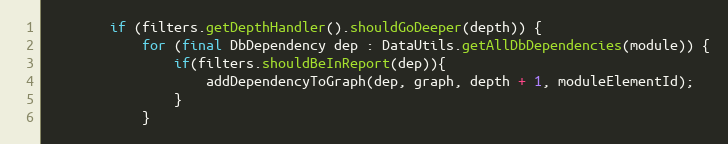
Language: Java
        if (filters.getDepthHandler().shouldGoDeeper(depth)) {
            for (final DbDependency dep : DataUtils.getAllDbDependencies(module)) {
                if(filters.shouldBeInReport(dep)){
                    addDependencyToGraph(dep, graph, depth + 1, moduleElementId);
                }
            }